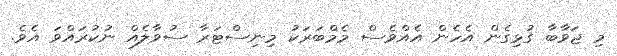
މި ޖަވާބާ ގުޅިގެން އެހެން އެއްވެސް މެމްބަރަކު މިނިސްޓަރާ ސުވާލެއް ނުކުރައްވަ އެވެ.